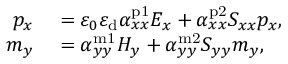
\begin{array} { r l } { p _ { x } } & { { } = \varepsilon _ { 0 } \varepsilon _ { \mathrm { d } } \alpha _ { x x } ^ { \mathrm { p 1 } } E _ { x } + \alpha _ { x x } ^ { \mathrm { p 2 } } S _ { x x } p _ { x } , } \\ { m _ { y } } & { { } = \alpha _ { y y } ^ { \mathrm { m 1 } } H _ { y } + \alpha _ { y y } ^ { \mathrm { m 2 } } S _ { y y } m _ { y } , } \end{array}